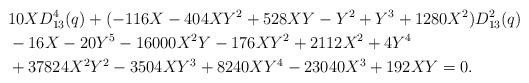
LaTeX: \begin{align*}&10XD_{13}^4(q)+(-116 X-404XY^2+528XY-Y^2+Y^3+1280X^2)D_{13}^2(q)\\&-16X-20Y^5-16000X^2Y-176XY^2+2112X^2+4Y^4 \\ &+37824X^2Y^2-3504XY^3+8240XY^4-23040X^3+192XY=0.\end{align*}